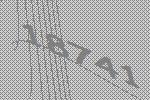
18741